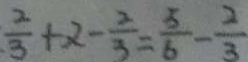
\frac { 2 } { 3 } + x - \frac { 2 } { 3 } = \frac { 5 } { 6 } - \frac { 2 } { 3 }